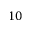
1 0